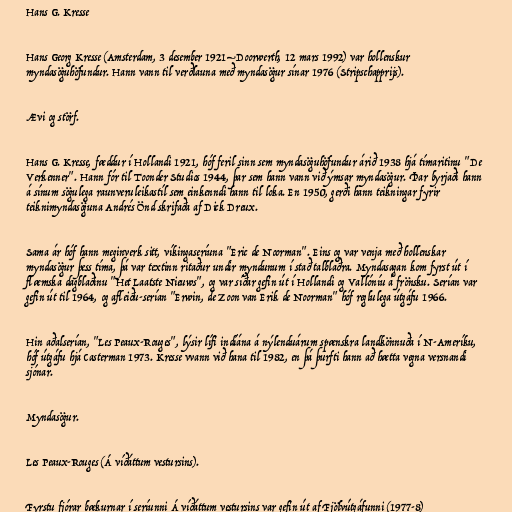
Hans G. Kresse

Hans Georg Kresse (Amsterdam, 3 desember 1921–Doorwerth, 12 mars 1992) var hollenskur
myndasöguhöfundur. Hann vann til verðlauna með myndasögur sínar 1976 (Stripschapprijs).

Ævi og störf.

Hans G. Kresse, fæddur í Hollandi 1921, hóf feril sinn sem myndasöguhöfundur árið 1938 hjá tímaritinu "De
Verkenner". Hann fór til Toonder Studios 1944, þar sem hann vann við ýmsar myndasögur. Þar byrjaði hann
á sínum sögulega raunveruleikastíl sem einkenndi hann til loka. En 1950, gerði hann teikningar fyrir
teiknimyndasöguna Andrés Önd skrifaða af Dick Dreux.

Sama ár hóf hann meginverk sitt, víkingaseríuna "Eric de Noorman". Eins og var venja með hollenskar
myndasögur þess tíma, þá var textinn ritaður undir myndunum í stað talblaðra. Myndasagan kom fyrst út í
flæmska dagblaðinu "Het Laatste Nieuws", og var síðar gefin út í Hollandi og Vallóníu á frönsku. Serían var
gefin út til 1964, og afleiðu-serían "Erwin, de Zoon van Erik de Noorman" hóf reglulega útgáfu 1966.

Hin aðalserían, "Les Peaux-Rouges", lýsir lífi indíána á nýlenduárum spænskra landkönnuða í N-Ameríku,
hóf útgáfu hjá Casterman 1973. Kresse vvann við hana til 1982, en þá þurfti hann að hætta vegna versnandi
sjónar.

Myndasögur.

Les Peaux-Rouges (Á víðáttum vestursins).

Fyrstu fjórar bækurnar í seríunni Á víðáttum vestursins var gefin út af Fjölvútgáfunni (1977-8)